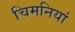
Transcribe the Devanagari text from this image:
चिमनियां